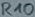
Text: R10